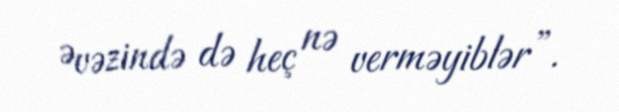
Əvəzində də heç nə verməyiblər”.